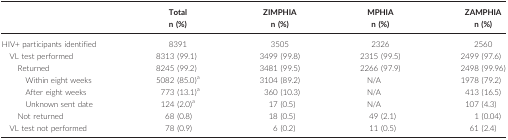
| <ROWSPAN=2>  | Total | ZIMPHIA | MPHIA | ZAMPHIA |
 | n (%) | n (%) | n (%) | n (%) |
 | --- | --- | --- | --- | --- |
 | HIV+ participants identified | 8391 | 3505 | 2326 | 2560 |
 | VL test performed | 8313 (99.1) | 3499 (99.8) | 2315 (99.5) | 2499 (97.6) |
 | Returned | 8245 (99.2) | 3481 (99.5) | 2266 (97.9) | 2498 (99.96) |
 | Within eight weeks | 5082 (85.0)a | 3104 (89.2) | N/A | 1978 (79.2) |
 | After eight weeks | 773 (13.1)a | 360 (10.3) | N/A | 413 (16.5) |
 | Unknown sent date | 124 (2.0)a | 17 (0.5) | N/A | 107 (4.3) |
 | Not returned | 68 (0.8) | 18 (0.5) | 49 (2.1) | 1 (0.04) |
 | VL test not performed | 78 (0.9) | 6 (0.2) | 11 (0.5) | 61 (2.4) |